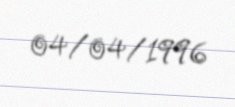
04/04/1996